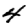
Digit: 4